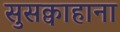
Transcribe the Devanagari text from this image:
सुसक्वाहाना